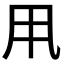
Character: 𠂡